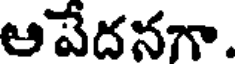
ఆపేదనగా.